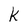
Character: k